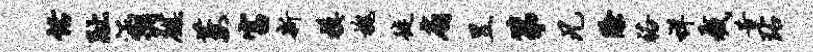
恬趾涵惆麒萋富新模槐徙扇昱第兄除裕祥截昔玷